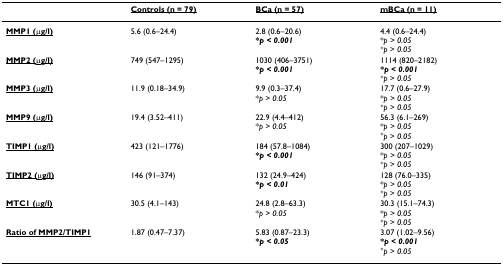
<table><thead><tr><td></td><td><b><underline>Controls (n = 79)</underline></b></td><td><b><underline>BCa (n = 57)</underline></b></td><td><b><underline>mBCa (n = 11)</underline></b></td></tr></thead><tbody><tr><td><b><underline>MMP1 (μg/l)</underline></b></td><td>5.6 (0.6–24.4)</td><td>2.8 (0.6–20.6)<b>*<i>p &lt; 0.001</i></b></td><td>4.4 (0.6–24.4)*<i>p &gt; 0.05</i><sup>+</sup><i>p &gt; 0.05</i></td></tr><tr><td><b><underline>MMP2 (μg/l)</underline></b></td><td>749 (547–1295)</td><td>1030 (406–3751)<b>*<i>p &lt; 0.001</i></b></td><td>1114 (820–2182)<b>*<i>p &lt; 0.001</i></b><sup>+</sup><i>p &gt; 0.05</i></td></tr><tr><td><b><underline>MMP3 (μg/l)</underline></b></td><td>11.9 (0.18–34.9)</td><td>9.9 (0.3–37.4)*<i>p &gt; 0.05</i></td><td>17.7 (0.6–27.9)*<i>p &gt; 0.05</i><sup>+</sup><i>p &gt; 0.05</i></td></tr><tr><td><b><underline>MMP9 (μg/l)</underline></b></td><td>19.4 (3.52–411)</td><td>22.9 (4.4–412)*<i>p &gt; 0.05</i></td><td>56.3 (6.1–269)*<i>p &gt; 0.05</i><sup>+</sup><i>p &gt; 0.05</i></td></tr><tr><td><b><underline>TIMP1 (μg/l)</underline></b></td><td>423 (121–1776)</td><td>184 (57.8–1084)<b>*<i>p &lt; 0.001</i></b></td><td>300 (207–1029)*<i>p &gt; 0.05</i><sup>+</sup><i>p &gt; 0.05</i></td></tr><tr><td><b><underline>TIMP2 (μg/l)</underline></b></td><td>146 (91–374)</td><td>132 (24.9–424)<b>*<i>p &lt; 0.01</i></b></td><td>128 (76.0–335)*<i>p &gt; 0.05</i><sup>+</sup><i>p &gt; 0.05</i></td></tr><tr><td><b><underline>MTC1 (μg/l)</underline></b></td><td>30.5 (4.1–143)</td><td>24.8 (2.8–63.3)*<i>p &gt; 0.05</i></td><td>30.3 (15.1–74.3)*<i>p &gt; 0.05</i><sup>+</sup><i>p &gt; 0.05</i></td></tr><tr><td><b><underline>Ratio of MMP2/TIMP1</underline></b></td><td>1.87 (0.47–7.37)</td><td>5.83 (0.87–23.3)<b>*<i>p &lt; 0.05</i></b></td><td>3.07 (1.02–9.56)<b>*<i>p &lt; 0.001</i></b><sup>+</sup><i>p &gt; 0.05</i></td></tr></tbody></table>